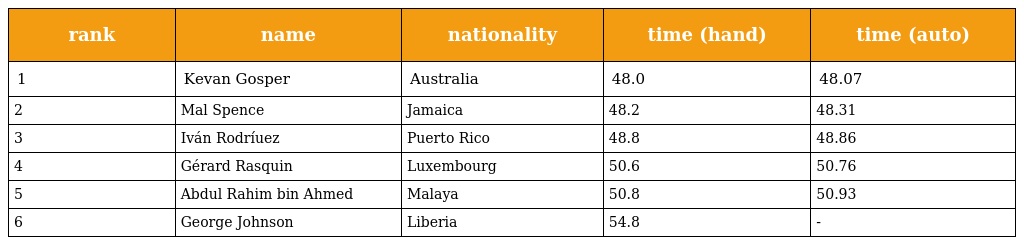
| rank | name | nationality | time (hand) | time (auto) |
 | --- | --- | --- | --- | --- |
 | 1 | Kevan Gosper | Australia | 48.0 | 48.07 |
 | 2 | Mal Spence | Jamaica | 48.2 | 48.31 |
 | 3 | Iván Rodríuez | Puerto Rico | 48.8 | 48.86 |
 | 4 | Gérard Rasquin | Luxembourg | 50.6 | 50.76 |
 | 5 | Abdul Rahim bin Ahmed | Malaya | 50.8 | 50.93 |
 | 6 | George Johnson | Liberia | 54.8 | - |